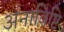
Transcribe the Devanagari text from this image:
अनाविष्टि